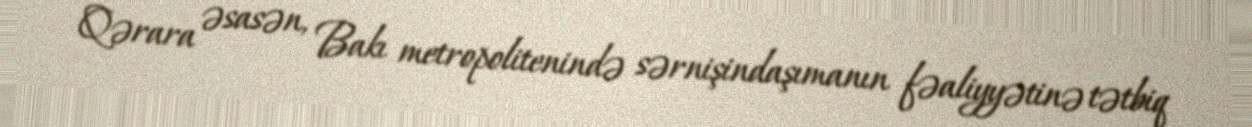
Qərara əsasən, Bakı metropolitenində sərnişindaşımanın fəaliyyətinə tətbiq